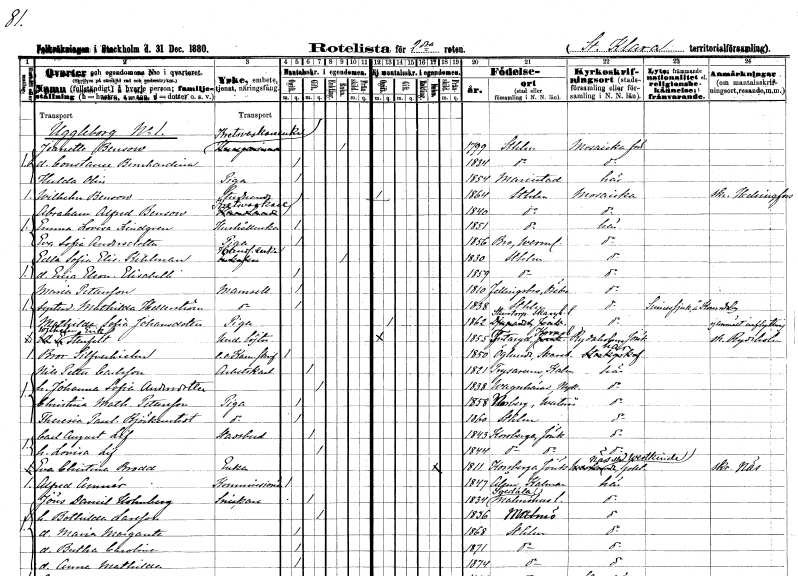
gt_parse: households: individuals: FN: Jeanette
EN: Bensow
YRKE: Kretsvaskareänka
KON: K
CIV: E
FODAR: 1799
FODFORS: Stockholm
FN: Constance Bernhardina
KON: K
CIV: O
FODAR: 1834
FODFORS: Stockholm
FN: Hulda
EN: Olin
YRKE: Piga
KON: K
CIV: O
FODAR: 1854
FODFORS: Mariestad Skaraborgs län
FN: Wilhelm
EN: Bensow
YRKE: Studerande
KON: M
CIV: O
FODAR: 1864
FODFORS: Stockholm
FN: Abraham Alfred
EN: Bensow
YRKE: Kretsvaskare
KON: M
CIV: O
FODAR: 1840
FODFORS: Stockholm
FN: Emma Lovisa
EN: Lindgren
YRKE: Hushållerska
KON: K
CIV: O
FODAR: 1851
FODFORS: Stockholm
FN: Eva Sofia
EN: Andersdotter
YRKE: Piga
KON: K
CIV: O
FODAR: 1856
FODFORS: Bro Värmlands län
FN: Edla Eleonora Elisabeth
EN: Kihlman
YRKE: Handlandeänka
KON: K
CIV: E
FODAR: 1830
FODFORS: Stockholm
FN: Erica Eleonora Elisabeth
KON: K
CIV: O
FODAR: 1859
FODFORS: Stockholm
FN: Maria
EN: Pettersson
KON: K
CIV: O
FODAR: 1810
FODFORS: Fellingsbro Örebro län
FN: Mathilda
EN: Hellerström
KON: K
CIV: O
FODAR: 1838
FODFORS: Stockholm
FN: Mathilda Sofia
EN: Johansdotter
YRKE: Piga
KON: K
CIV: O
FODAR: 1862
FODFORS: Stenstorp Skaraborgs län
FN: Wilhelm Erik
EN: Stenfelt
YRKE: Underlöjtnant
KON: M
CIV: O
FODAR: 1855
FODFORS: Tutaryd Kronobergs län
FN: Bror
EN: Silfverhielm
YRKE: Kammarskrivare e.o.
KON: M
CIV: O
FODAR: 1850
FODFORS: Öglunda Skaraborgs län
FN: Nils Petter
EN: Carlsson
YRKE: Arbetskarl
KON: M
CIV: G
FODAR: 1821
FODFORS: Tryserum Östergötlands län
FN: Johanna Sofia
EN: Andersdotter
KON: K
CIV: G
FODAR: 1838
FODFORS: Vagnhärad Södermanlands län
FN: Christina Mathilda
EN: Pettersson
YRKE: Piga
KON: K
CIV: O
FODAR: 1858
FODFORS: Norberg Västmanlands län
FN: Theresia Paulina
EN: Björkenstedt
YRKE: Piga
KON: K
CIV: O
FODAR: 1860
FODFORS: Stockholm
FN: Carl August
EN: Lif
YRKE: Stadsbud
KON: M
CIV: G
FODAR: 1843
FODFORS: Korsberga Jönköpings län
FN: Lovisa
EN: Lif
KON: K
CIV: G
FODAR: 1844
FODFORS: Korsberga Jönköpings län
FN: Eva Christina
EN: Brodd
YRKE: Änka
KON: K
CIV: E
FODAR: 1811
FODFORS: Korsberga Jönköpings län
FN: Alfred
EN: Amnér
YRKE: Kommissionär
KON: M
CIV: O
FODAR: 1847
FODFORS: Ålem Kalmar län